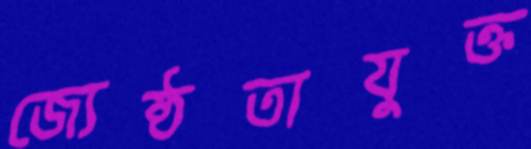
জ্যেষ্ঠতাযুক্ত